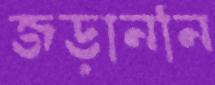
জড়াননি